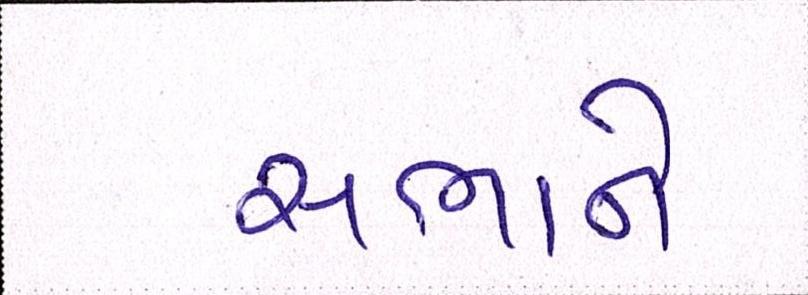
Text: સભાને